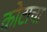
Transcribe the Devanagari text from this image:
कोटाचा